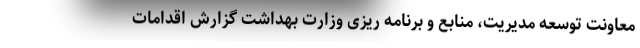
معاونت توسعه مدیریت، منابع و برنامه ریزی وزارت بهداشت گزارش اقدامات